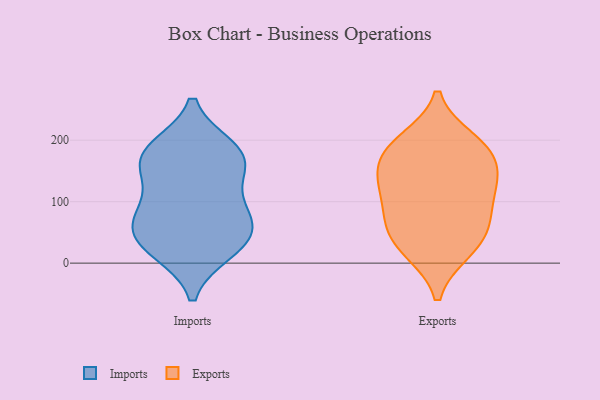
{"axis": {"x": "Latency (ms)", "y": "Value"}, "legend": ["Exports", "Imports"], "data": [{"x": "", "y": 173, "type": "Imports"}, {"x": "", "y": 186, "type": "Imports"}, {"x": "", "y": 187, "type": "Imports"}, {"x": "", "y": 20, "type": "Imports"}, {"x": "", "y": 157, "type": "Imports"}, {"x": "", "y": 78, "type": "Imports"}, {"x": "", "y": 120, "type": "Imports"}, {"x": "", "y": 77, "type": "Imports"}, {"x": "", "y": 51, "type": "Imports"}, {"x": "", "y": 34, "type": "Imports"}, {"x": "", "y": 163, "type": "Imports"}, {"x": "", "y": 24, "type": "Imports"}, {"x": "", "y": 72, "type": "Imports"}, {"x": "", "y": 129, "type": "Exports"}, {"x": "", "y": 192, "type": "Exports"}, {"x": "", "y": 59, "type": "Exports"}, {"x": "", "y": 131, "type": "Exports"}, {"x": "", "y": 174, "type": "Exports"}, {"x": "", "y": 199, "type": "Exports"}, {"x": "", "y": 138, "type": "Exports"}, {"x": "", "y": 56, "type": "Exports"}, {"x": "", "y": 73, "type": "Exports"}, {"x": "", "y": 105, "type": "Exports"}, {"x": "", "y": 20, "type": "Exports"}, {"x": "", "y": 179, "type": "Exports"}, {"x": "", "y": 21, "type": "Exports"}]}